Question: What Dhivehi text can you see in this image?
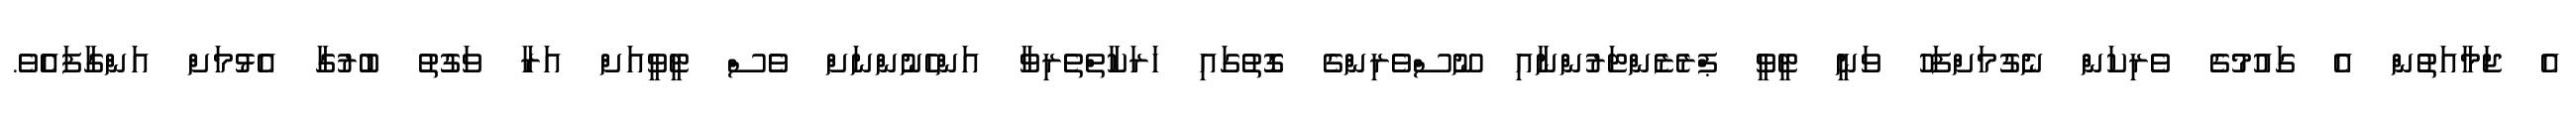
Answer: އެ ޖަމާއަތުން އެ ގައުމުގެ ވެރިކަން ނެގުމަށްފަހު ވަނީ ޓީވީ ޕްރެޒެންޓަރުންނާއި ނޫސްވެރިންގެ ގޮތުގައި ހަރަކާތްތެރިވާ އަންހެނުންނަށް ވެސް ޓީވީއަށް އަރާ ވަގުތު ބުރުގާ އެޅުމަށް އަންގާފައެެވެ.